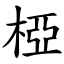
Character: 椏